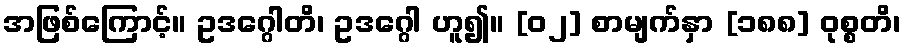
အဖြစ်ကြောင့်။ ဥဒဂ္ဂေါတိ၊ ဥဒဂ္ဂေါ ဟူ၍။ [၀၂] စာမျက်နှာ [၁၈၈] ဝုစ္စတိ၊